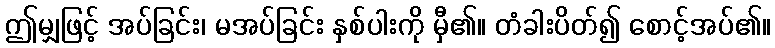
ဤမျှဖြင့် အပ်ခြင်း၊ မအပ်ခြင်း နှစ်ပါးကို မှီ၏။ တံခါးပိတ်၍ စောင့်အပ်၏။